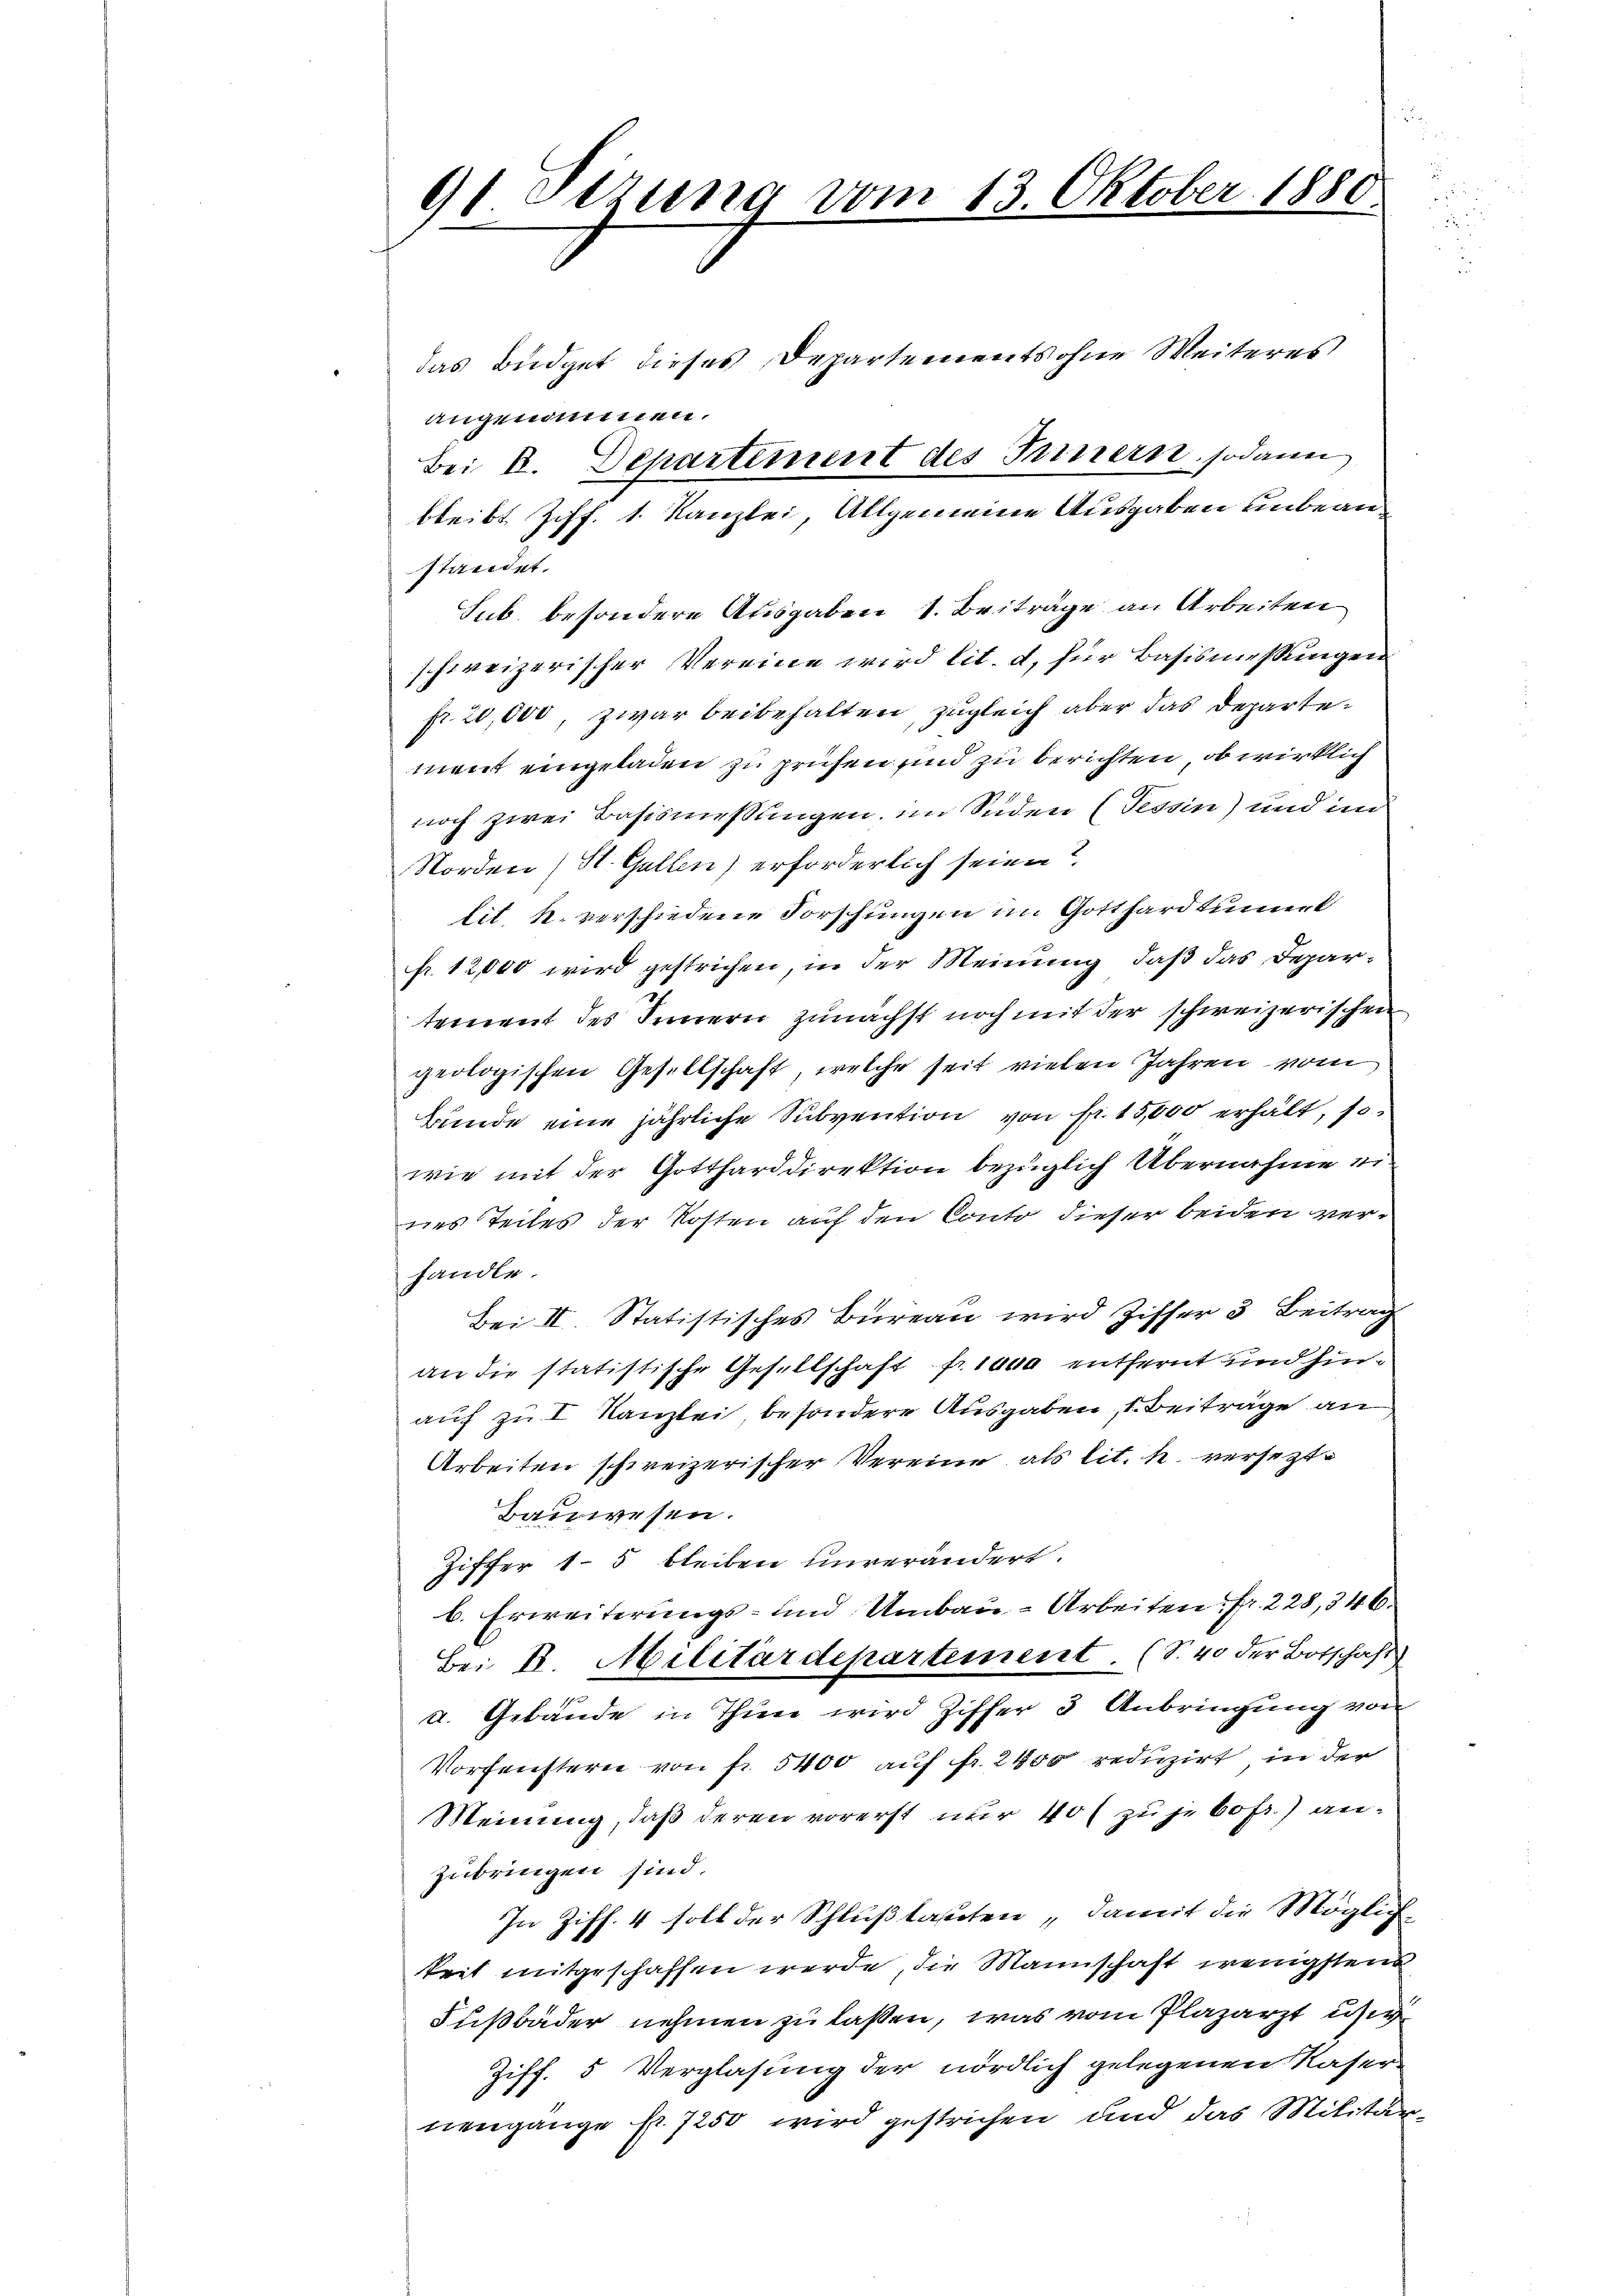
91 Sizung vom 13. Oktober 1880

das Büdget dieses Departements ohne Weiteres
angenommen.
standet.
Sub. besondere Ausgaben 1. Beiträge an Arbeiten
schweizerischer Vereine wird lit. d, für Basismessungen
fr. 20,000, zwar beibehalten, zugleich aber das Departement eingeladen zu prüfen und zu berichten, ob wirklich
noch zwei Basismessungen im Süden (Tessin) und im
Norden (St. Gallen) erforderlich seien?
lit. k. verschiedene Forschungen im Gotthardtunerl
fr. 12,000 wird gestrichen, in der Meinung, daß das Departement des Innern zunächst noch mit der schweizerischen
geologischen Gesellschaft, welche seit vielen Jahren vom
Bunde eine jährliche Subvention von fr. 15,000 erhält, so
wie mit der Gottharddirektion bezüglich Übernahme eines Teiles der Kosten auf den Conto dieser beiden verhandle.
Bei II. Statistisches Büreau wird Ziffer 3 Beitrag
an die statistische Gesellschaft fr. 1000 entfernt und hinauf zu I Kanzlei, besondere Ausgaben, s. Beiträge an
Arbeiten schweizerischer Vereine als lit. h. versezt¬
Bauwesen.
Ziffer 15 bleiben unverändert.
b. Erweiterungs- und Umbau-Arbeiten. Fr. 228, 346.
Bei B. Militärdepartement. (S. 40 der Botschaft
a. Gebäude in Thun wird Ziffer 3 Anbringung von
Vorfenstern von fr. 5400 auf fr. 2400 reduzirt in der
Meinung, daß deren vorerst nur 40 zu je bofr.) anzubringen sind.
In Ziff. 4 soll der Schluß lauten „damit die Möglich
keit mitgeschaffen werde, die Mannschaft wenigsten
Fußbäder nehmen zu laßen, was vom Plazarzt usi
Ziff. 5 Verglasung der nördlich gelegenen Kaser-
nengange fr. 7250 wird gestrichen und das Militär¬

Bei E. Departement des Fernern, sodann

bleibt Ziff. 1. Kanzlei, Allgemeine Ausgaben unbean¬